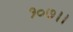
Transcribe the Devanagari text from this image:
१०७।।